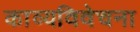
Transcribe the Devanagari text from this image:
काव्यविवेचना